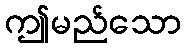
ဤမည်သော